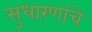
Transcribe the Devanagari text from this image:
सुधारंणांचे